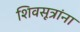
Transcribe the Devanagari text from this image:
शिवसूत्रांना